Elephants and their diseases
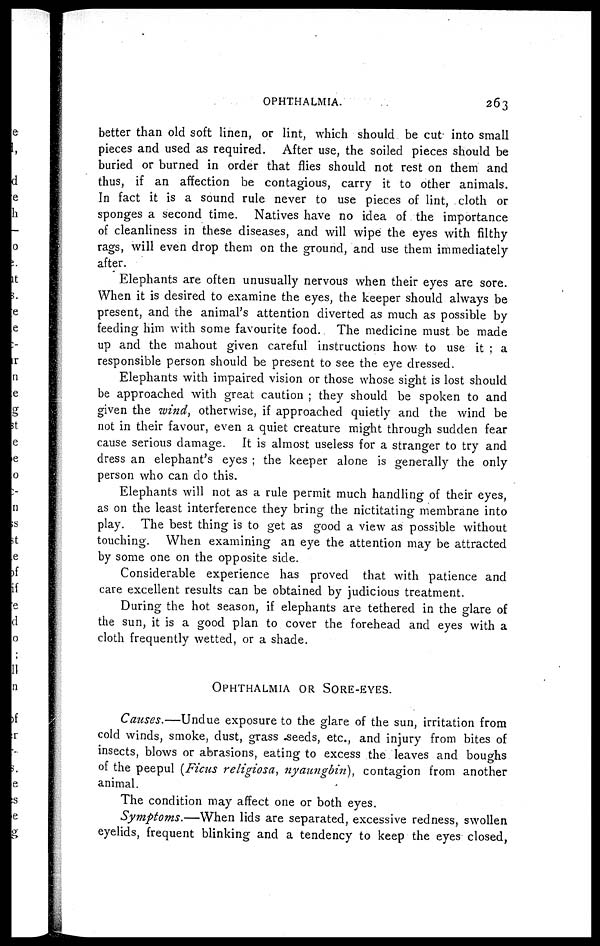
OPHTHALMIA.
263
better than old soft linen, or lint, which should be cut into small
pieces and used as required. After use, the soiled pieces should be
buried or burned in order that flies should not rest on them and
thus, if an affection be contagious, carry it to other animals.
In fact it is a sound rule never to use pieces of lint, cloth or
sponges a second time. Natives have no idea of the importance
of cleanliness in these diseases, and will wipe the eyes with filthy
rags, will even drop them on the ground, and use them immediately
after.
Elephants are often unusually nervous when their eyes are sore.
When it is desired to examine the eyes, the keeper should always be
present, and the animal's attention diverted as much as possible by
feeding him with some favourite food.. The medicine must be made
up and the mahout given careful instructions how to use it ; a
responsible person should be present to see the eye dressed.
Elephants with impaired vision or those whose sight is lost should
be approached with great caution ; they should be spoken to and
given the wind, otherwise, if approached quietly and the wind be
not in their favour, even a quiet creature might through sudden fear
cause serious damage. It is almost useless for a stranger to try and
dress an elephant's eyes ; the keeper alone is generally the only
person who can do this.
Elephants will not as a rule permit much handling of their eyes,
as on the least interference they bring the nictitating membrane into
play. The best thing is to get as good a view as possible without
touching. When examining an eye the attention may be attracted
by some one on the opposite side.
Considerable experience has proved that with patience and
care excellent results can be obtained by judicious treatment.
During the hot season, if elephants are tethered in the glare of
the sun, it is a good plan to cover the forehead and eyes with a
cloth frequently wetted, or a shade.
OPHTHALMIA OR SORE-EYES.
Causes.—Undue exposure to the glare of the sun, irritation from
cold winds, smoke, dust, grass seeds, etc., and injury from bites of
insects, blows or abrasions, eating to excess the leaves and boughs
of the peepul (Ficus religiosa, nyaungbin), contagion from another
animal.
The condition may affect one or both eyes.
Symptoms.—When lids are separated, excessive redness, swollen
eyelids, frequent blinking and a tendency to keep the eyes closed,